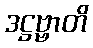
ဒဋ္ဌဗ္ဗာတိ